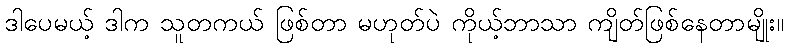
ဒါပေမယ့် ဒါက သူတကယ် ဖြစ်တာ မဟုတ်ပဲ ကိုယ့်ဘာသာ ကျိတ်ဖြစ်နေတာမျိုး။